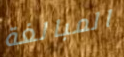
المبالغة